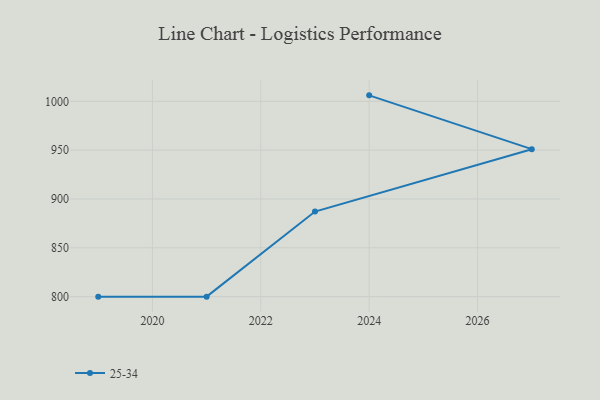
{"axis": {"x": "Year", "y": "Market Share (%)"}, "legend": ["25-34"], "data": [{"x": "2024", "y": 1006.1, "type": "25-34"}, {"x": "2027", "y": 951.0, "type": "25-34"}, {"x": "2023", "y": 887.1, "type": "25-34"}, {"x": "2021", "y": 800, "type": "25-34"}, {"x": "2019", "y": 800, "type": "25-34"}]}